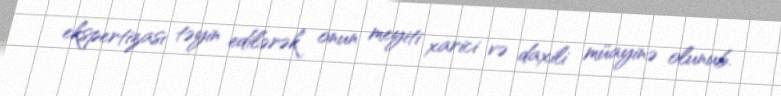
ekspertizası təyin edilərək onun meyiti xarici və daxili müayinə olunub.